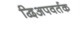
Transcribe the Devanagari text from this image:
द्विअपवर्तक